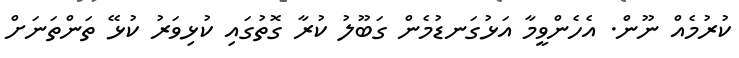
ކުރުމެއް ނޫން. އެހެންވީމާ އަޅުގަނޑުމެން ގަބޫލު ކުރާ ގޮތުގައި ކުޅިވަރު ކުޅޭ ތަންތަނަށް